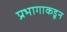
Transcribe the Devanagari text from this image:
प्रभागाकडून